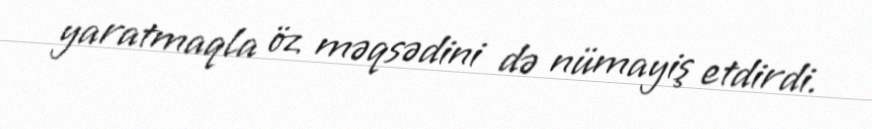
yaratmaqla öz məqsədini də nümayiş etdirdi.